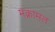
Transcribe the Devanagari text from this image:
मक्रामत